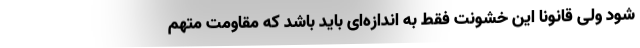
شود ولی قانونا این خشونت فقط به اندازه‌ای باید باشد که مقاومت متهم